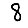
Digit: 8